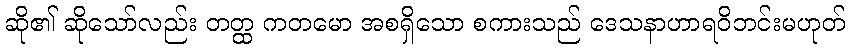
ဆို၏ ဆိုသော်လည်း တတ္ထ ကတမော အစရှိသော စကားသည် ဒေသနာဟာရဝိဘင်းမဟုတ်